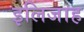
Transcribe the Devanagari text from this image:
इलिजाह